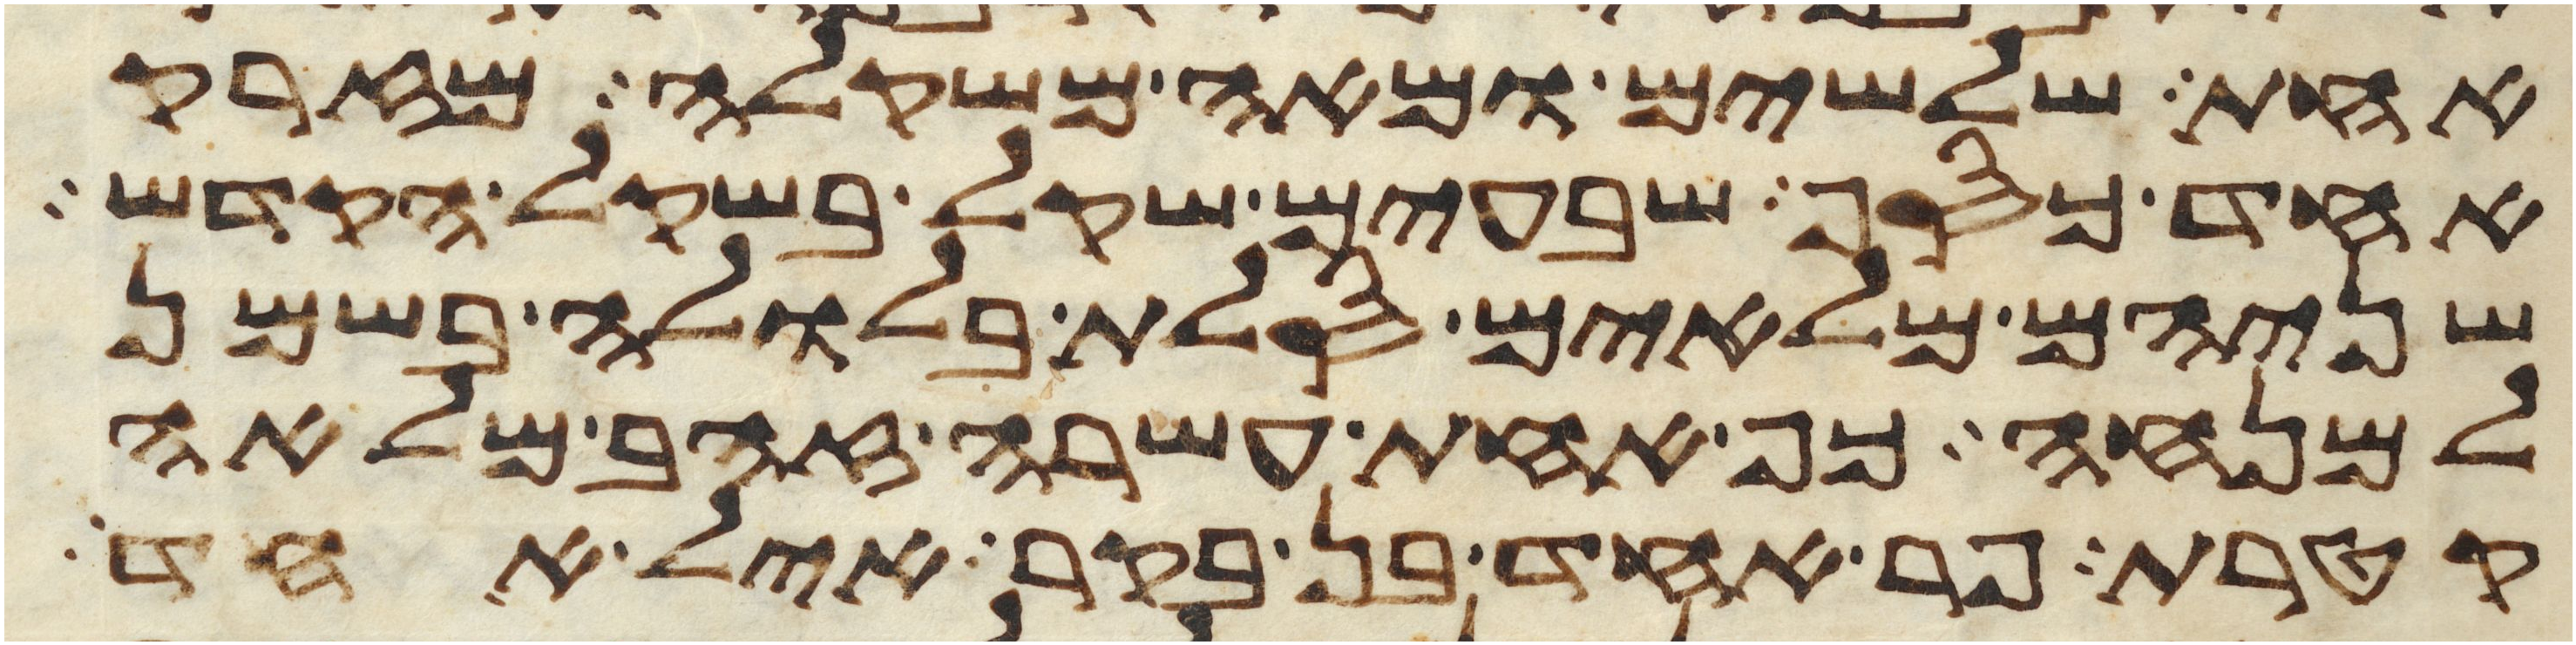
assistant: אחת שלשים ומאה משקלה מזרק
אחד כסף שבעים שקל בשקל הקדש
שניהם מלאים סלת בלולה בשמן
למנחה כף אחת עשרה זהב מלאה
קטרת פר אחד בן בקר איל אחד